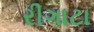
રીગાટા